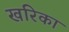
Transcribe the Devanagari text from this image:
खरिका